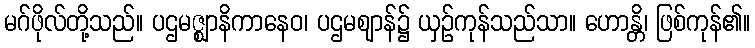
မဂ်ဖိုလ်တို့သည်။ ပဌမဇ္ဈာနိကာနေဝ၊ ပဌမဈာန်၌ ယှဉ်ကုန်သည်သာ။ ဟောန္တိ၊ ဖြစ်ကုန်၏။